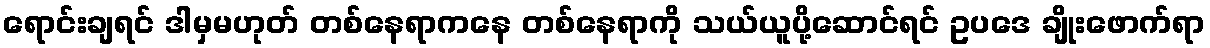
ရောင်းချရင် ဒါမှမဟုတ် တစ်နေရာကနေ တစ်နေရာကို သယ်ယူပို့ဆောင်ရင် ဥပဒေ ချိုးဖောက်ရာ